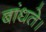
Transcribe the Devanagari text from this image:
बांधते।